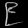
Digit: ၉